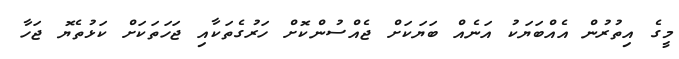
މީގެ އިތުރުން އެއްބަޔަކު އަނެއް ބަޔަކަށް ޖެއްސުންކޮށް ހަރުގެތަކާއި ޖަހަތަކަށް ކަޅުތެޔޮ ޖަހާ